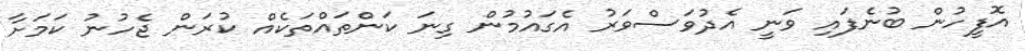
އޮފީހުން ބުނެފައި ވަނީ އެދުވަސްވަރު އެގައުމުން ގިނަ ކަންތައްތަކެއް ކުރަން ޖެހުނު ކަމަށާ